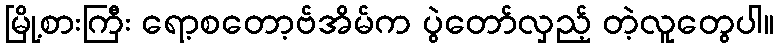
မြို့စားကြီး ရော့စတော့ဗ်အိမ်က ပွဲတော်လှည့် တဲ့လူတွေပါ။